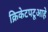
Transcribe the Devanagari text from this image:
क्रिकेटपटूआहे